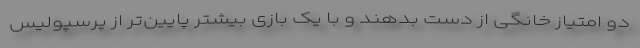
دو امتیاز خانگی از دست بدهند و با یک بازی بیشتر پایین‌تر از پرسپولیس